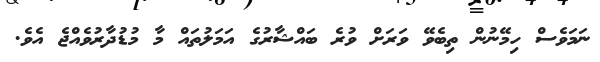
ނަމަވެސް ހިމޭނުން ތިބެވޭ ވަރަށް ވުރެ ބައްޝާރުގެ އަމަލުތައް މާ މުޑުދާރުވެއްޖެ އެވެ.